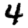
Digit: 4